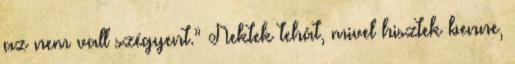
az nem vall szégyent.” Nektek tehát, mivel hisztek benne,